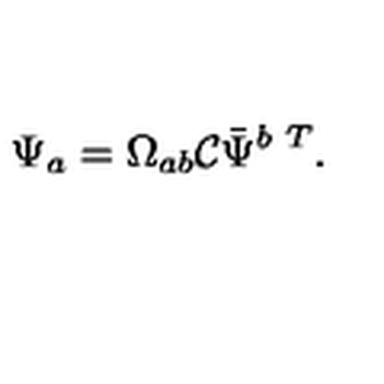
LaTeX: \Psi _ { a } = \Omega _ { a b } { \cal C } \bar { \Psi } ^ { b \ T } .